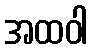
အထဝါ